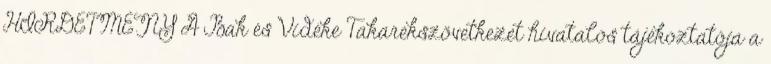
HIRDETMÉNY A Bak és Vidéke Takarékszövetkezet hivatalos tájékoztatója a